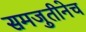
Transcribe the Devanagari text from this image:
समजुतीनेच